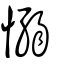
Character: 愵